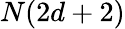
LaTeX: N(2d+2)